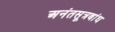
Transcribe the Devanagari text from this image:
अनंतसूत्रबांध